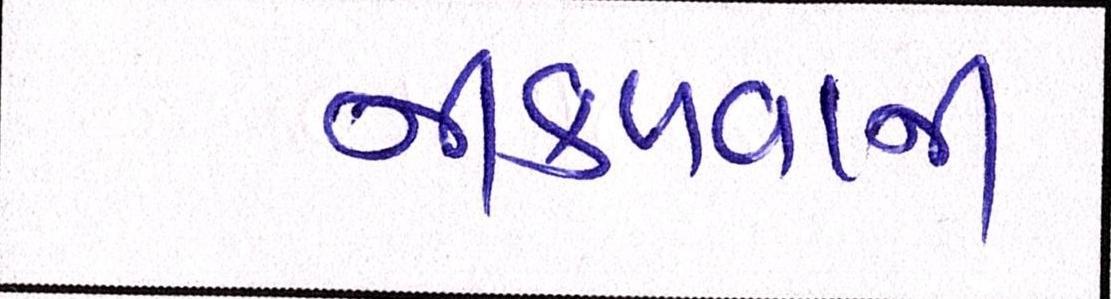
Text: નીકળવાની